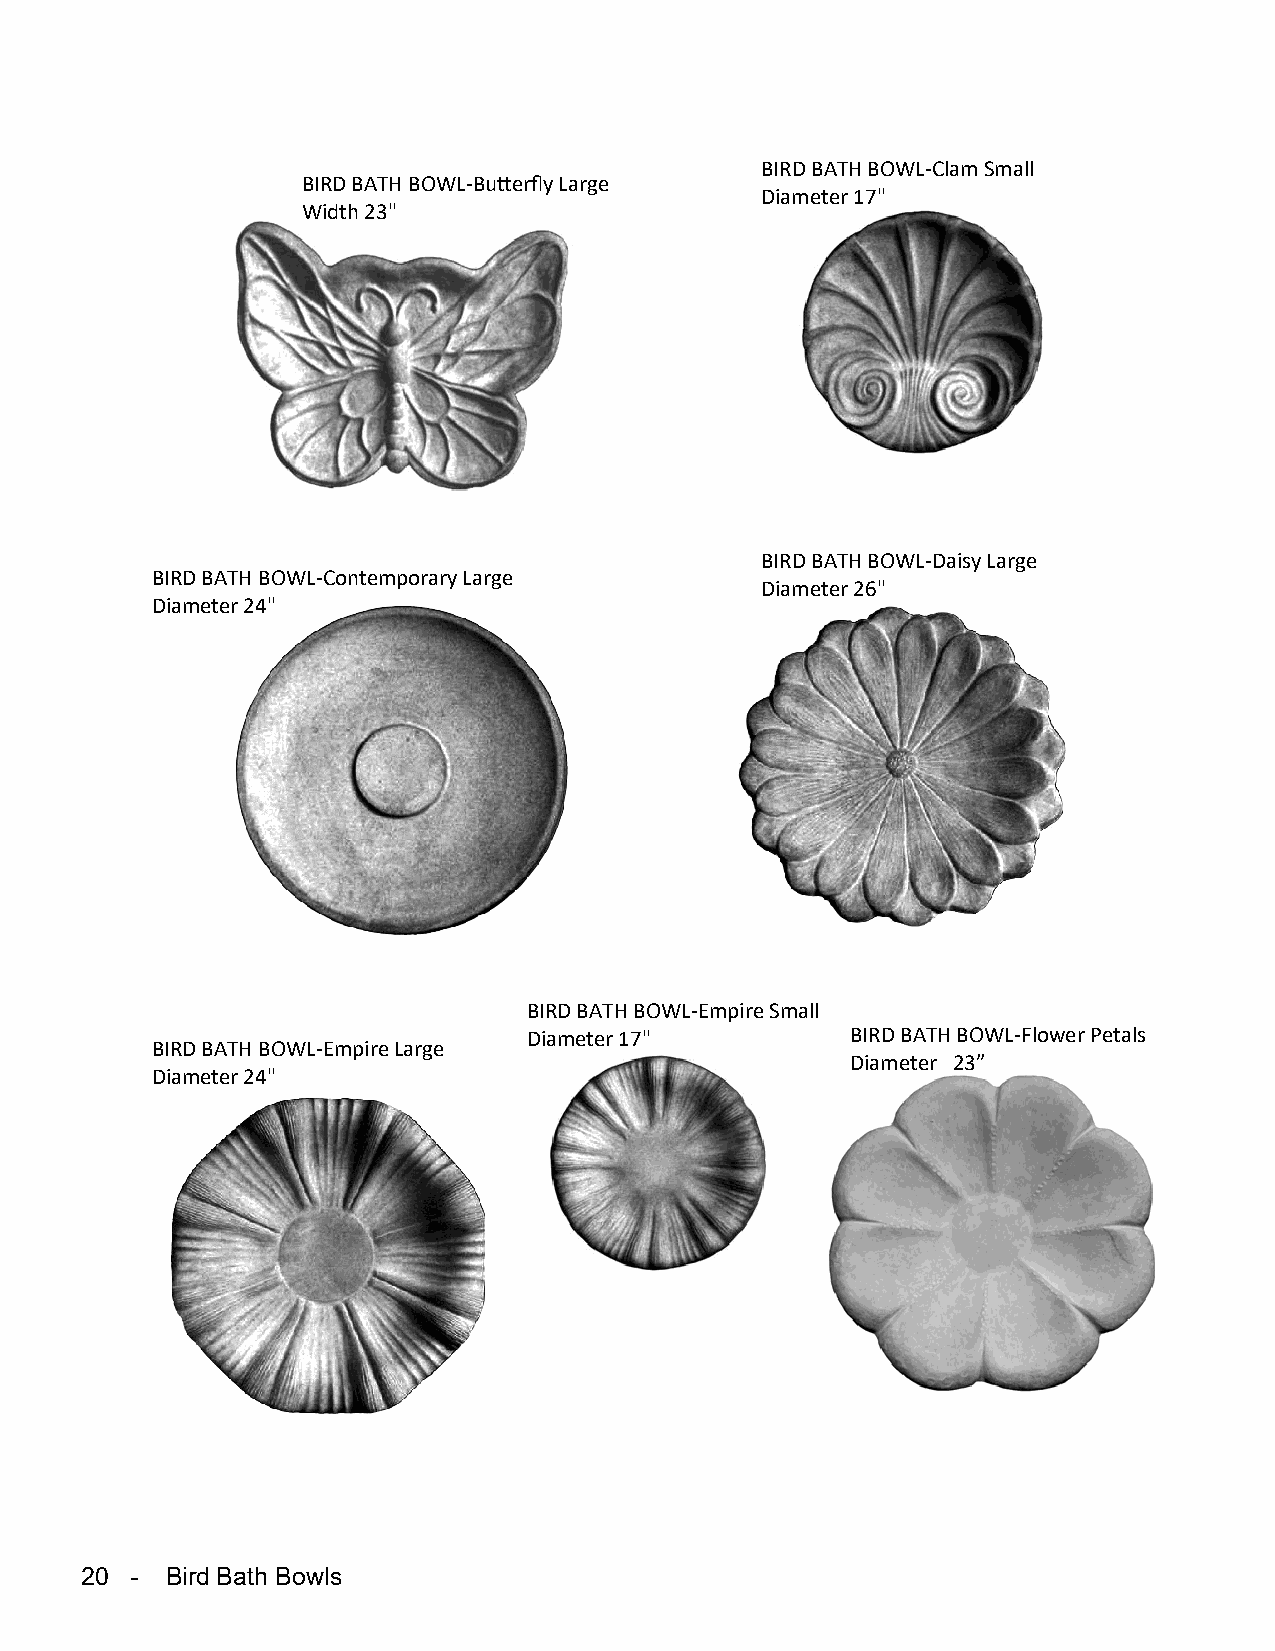
BIRD BATH BOWL-Clam Small
 BIRD BATH BOWL-Butterfly Large
 Diameter 17"
 Width 23"
 BIRD BATH BOWL-Daisy Large
 BIRD BATH BOWL-Contemporary Large
 Diameter 26"
 Diameter 24"
 BIRD BATH BOWL-Empire Small
 Diameter 17"         BIRD BATH BOWL-Flower Petals
 BIRD BATH BOWL-Empire Large
 Diameter 23”
 Diameter 24"
 20  - Bird Bath Bowls